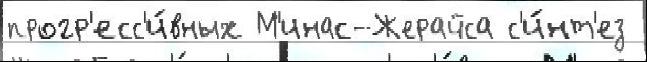
прогр'есс'и́вных М'инас-Жерайса с'и́нт'ез